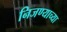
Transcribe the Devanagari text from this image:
निजण्याच्या